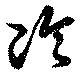
冷